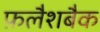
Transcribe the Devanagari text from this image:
फ़लैशबैक